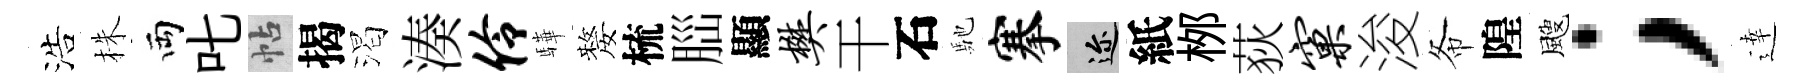
浩株両叱帖揭渴湊伶驊嫠梳𦛁顯樊干石馳搴邇紙桞荻窠浚𢁙隍颼；逹